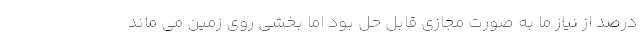
درصد از نیاز ما به صورت مجازی قابل حل بود اما بخشی روی زمین می ماند